Scottish Certificate of Education, 1962
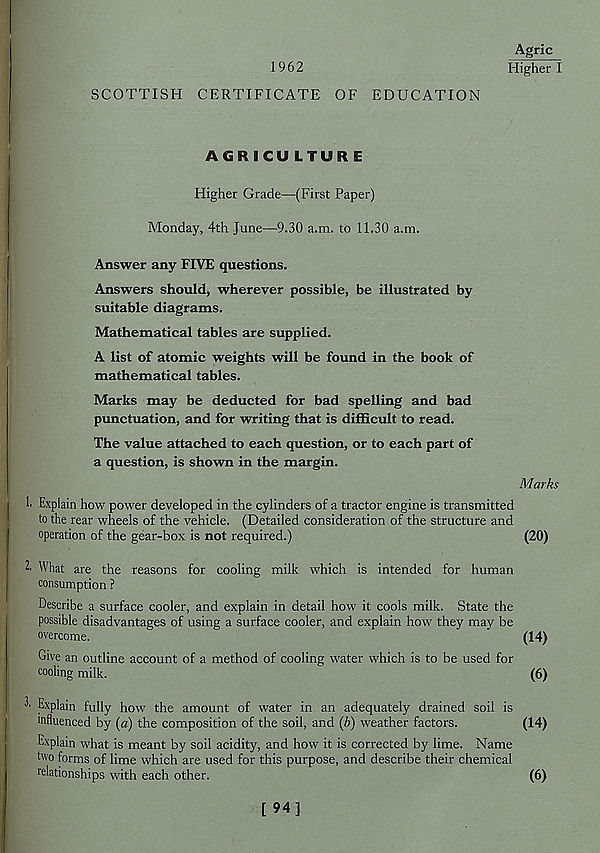
1962
Agric
Higher I
SCOTTISH CERTIFICATE OF EDUCATION
AGRICULTURE
Higher Grade—(First Paper)
Monday, 4th June—9.30 a.m. to 11.30 a.m.
Answer any FIVE questions.
Answers should, wherever possible, be illustrated by
suitable diagrams.
Mathematical tables are supplied.
A list of atomic weights will be found in the book of
mathematical tables.
Marks may be deducted for bad spelling and bad
punctuation, and for writing that is difficult to read.
The value attached to each question, or to each part of
a question, is shown in the margin.
Marks
1. Explain how power developed in the cylinders of a tractor engine is transmitted
to the rear wheels of the vehicle. (Detailed consideration of the structure and
operation of the gear-box is not required.)
(20)
2. What are the reasons for cooling milk which is intended for human
consumption ?
Describe a surface cooler, and explain in detail how it cools milk. State the
possible disadvantages of using a surface cooler, and explain how they may be
overcome.
(14)
Give an outline account of a method of cooling water which is to be used for
cooling milk.
(6)
Explain fully how the amount of water in an adequately drained soil is
mfluenced by (a) the composition of the soil, and (b) weather factors.
(14)
Explain what is meant by soil acidity, and how it is corrected by lime. Name
two forms of lime which are used for this purpose, and describe their chemical
relationships with each other.
(6)
[ 94]